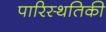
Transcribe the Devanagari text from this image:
पारिस्थतिकी